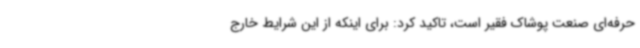
حرفه‌ای صنعت پوشاک فقیر است، تاکید کرد: برای اینکه از این شرایط خارج